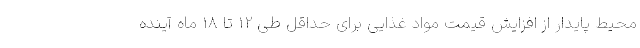
محیط پایدار از افزایش قیمت مواد غذایی برای حداقل طی 12 تا 18 ماه آینده